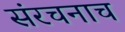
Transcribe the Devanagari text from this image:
संरचनाच